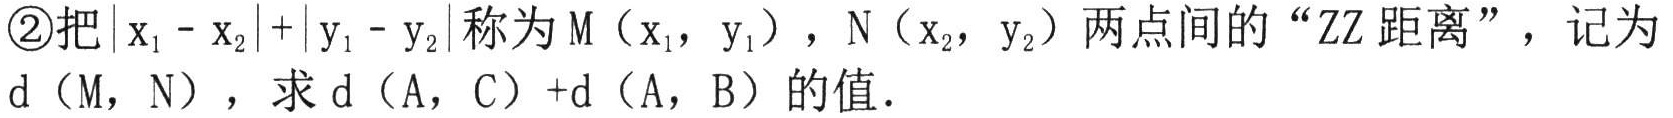
\textcircled{2}把\(\vert x_{1}-x_{2}\vert+\vert y_{1}-y_{2}\vert\)称为\(M(x_{1},y_{1})\)，\(N(x_{2},y_{2})\)两点间的“ZZ距离”，记为\(d(M,N)\)，求\(d(A,C)+d(A,B)\)的值.